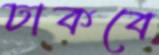
ঢাকবে